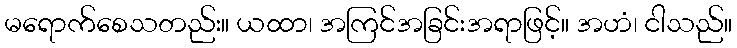
မရောက်စေသတည်း။ ယထာ၊ အကြင်အခြင်းအရာဖြင့်။ အဟံ၊ ငါသည်။